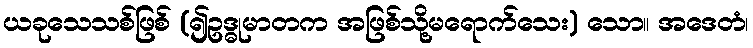
ယခုသေသစ်ဖြစ် (၍ဥဒ္ဓုမာတက အဖြစ်သို့မရောက်သေး) သော။ အဒေတံ၊